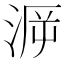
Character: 𣶮